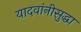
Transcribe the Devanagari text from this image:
यादवांनीसुद्धा